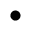
\bullet